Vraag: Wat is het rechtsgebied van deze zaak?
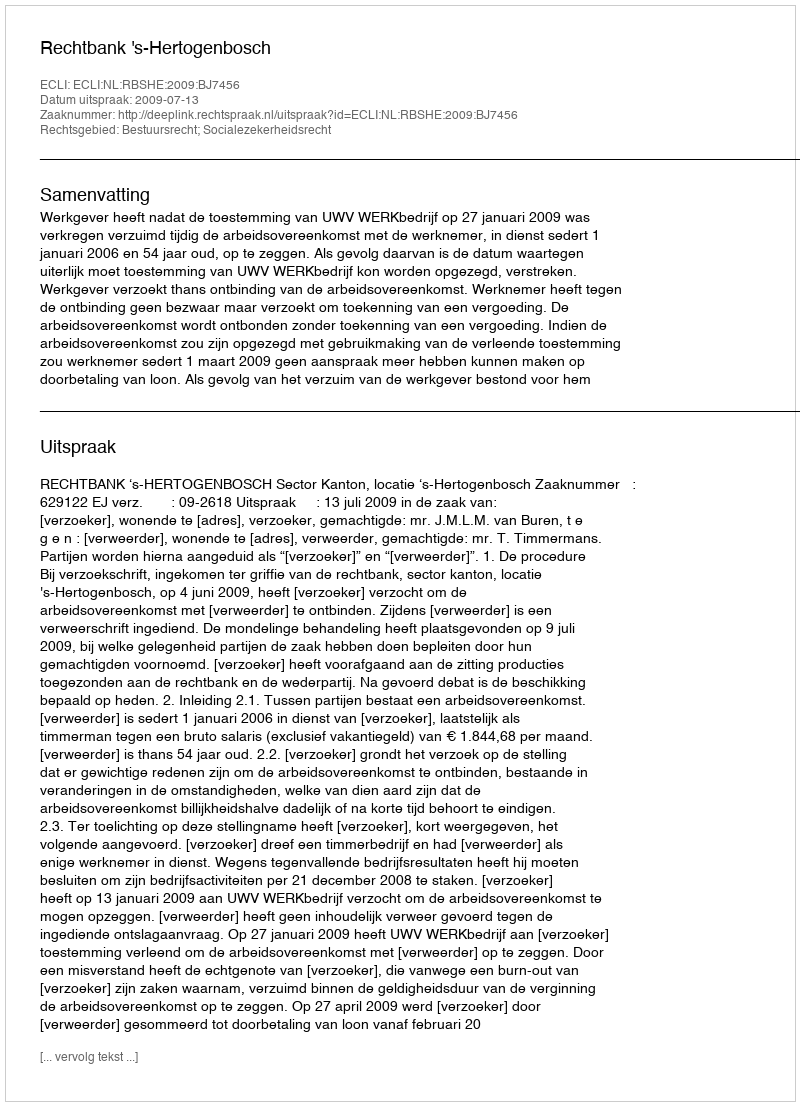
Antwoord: Bestuursrecht; Socialezekerheidsrecht